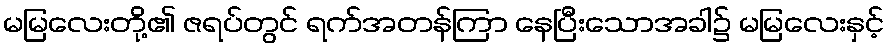
မမြလေးတို့၏ ဇရပ်တွင် ရက်အတန်ကြာ နေပြီးသောအခါ၌ မမြလေးနှင့်